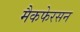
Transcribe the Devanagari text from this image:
मैकफेरसन